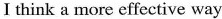
I think a more effective way